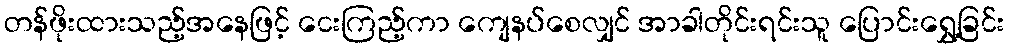
တန်ဖိုးထားသည့်အနေဖြင့် ငေးကြည့်ကာ ကျေနပ်စေလျှင် အာခါတိုင်းရင်းသူ ပြောင်းရွှေ့ခြင်း